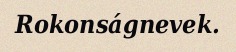
Rokonságnevek.